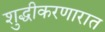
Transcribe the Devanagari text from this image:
शुद्धीकरणारात